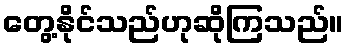
တွေ့နိုင်သည်ဟုဆိုကြသည်။